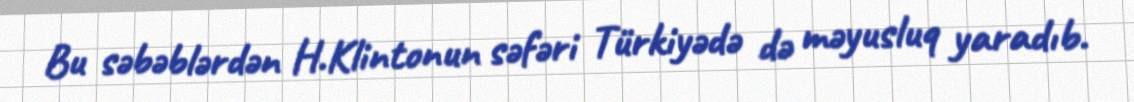
Bu səbəblərdən H.Klintonun səfəri Türkiyədə də məyusluq yaradıb.